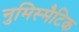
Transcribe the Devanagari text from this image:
नुमिस्मैटिक